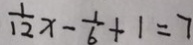
\frac { 1 } { 1 2 } x - \frac { 1 } { 6 } + 1 = 7